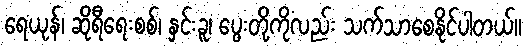
ရေယုန်၊ ဆိုရီရေးစစ်၊ နှင်းခူ၊ ပွေးတို့ကိုလည်း သက်သာစေနိုင်ပါတယ်။